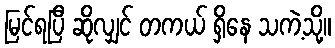
မြင်ရပြီ ဆိုလျှင် တကယ် ရှိနေ သကဲ့သို့။